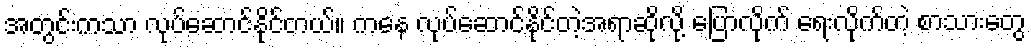
အတွင်းကသာ လုပ်ဆောင်နိုင်တယ်။ ကနေ လုပ်ဆောင်နိုင်တဲ့အရာဆိုလို့ ပြောလိုက် ရေးလိုက်တဲ့ စာသားတွေ